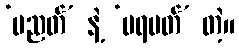
‘ပညတ်’ နဲ့ ‘ပရမတ်’ တဲ့။